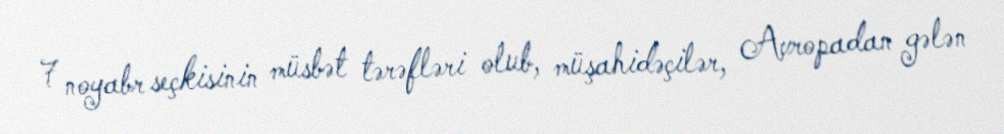
7 noyabr seçkisinin müsbət tərəfləri olub, müşahidəçilər, Avropadan gələn